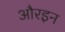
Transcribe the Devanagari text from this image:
औरइन